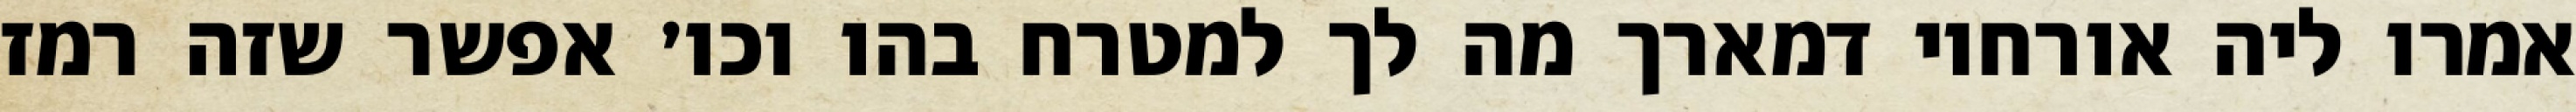
אמרו ליה אורחוי דמארך מה לך למטרח בהו וכו׳ אפשר שזה רמז